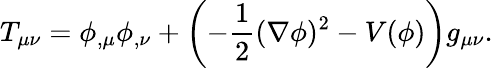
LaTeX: T_{\mu\nu}=\phi_{,\mu}\phi_{,\nu}+\left(-\frac{1}{2}(\nabla\phi)^{2}-V(\phi)\right)g_{\mu\nu}.